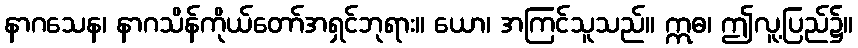
နာဂသေန၊ နာဂသိန်ကိုယ်တော်အရှင်ဘုရား။ ယော၊ အကြင်သူသည်။ ဣဓ၊ ဤလူ့ပြည်၌။